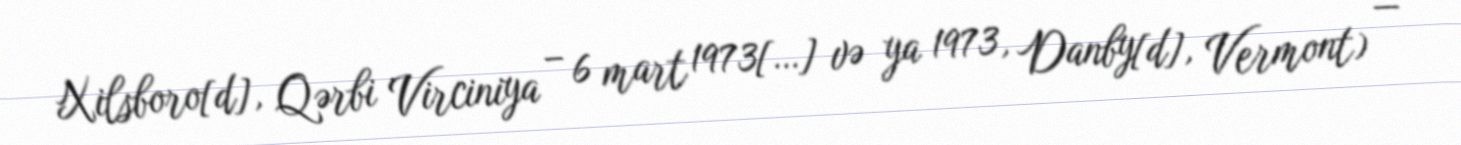
Xilsboro[d], Qərbi Virciniya – 6 mart 1973[…] və ya 1973, Danby[d], Vermont) —